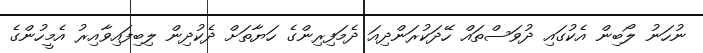
ނުހަނު ލޯބިން އެކުގައި ދުވަސްތައް ހޭދަކުރަންދިއަ ދެމަފިރިންގެ ހަޔާތަށް ދެކުދިން ލިބިފައިވާއިރު އެމީހުންގެ